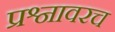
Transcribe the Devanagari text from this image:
प्रश्नावरच